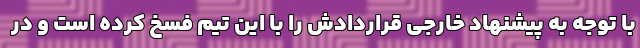
با توجه به پیشنهاد خارجی قراردادش را با این تیم فسخ کرده است و در